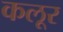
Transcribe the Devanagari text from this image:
कलूर